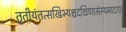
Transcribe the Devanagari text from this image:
तृतीयंतत्सखिभ्यश्चदक्षिणासंस्थमादरात्